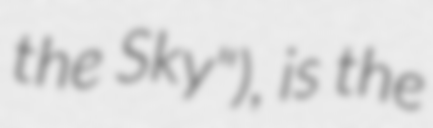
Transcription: the Sky"), is the